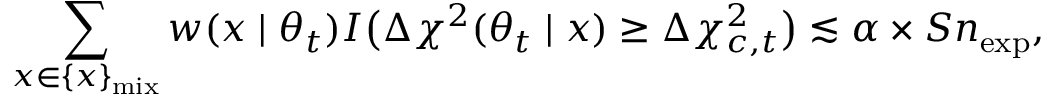
\sum _ { x \in \{ x \} _ { \mathrm { m i x } } } w ( x \mid \theta _ { t } ) I \bigl ( \Delta \chi ^ { 2 } ( \theta _ { t } \mid x ) \ge \Delta \chi _ { c , t } ^ { 2 } \bigr ) \lesssim \alpha \times S n _ { \mathrm { e x p } } ,